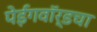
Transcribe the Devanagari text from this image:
पेईंगवॉर्डचा